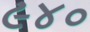
૯૪૦